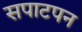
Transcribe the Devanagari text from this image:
सपाटपन